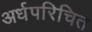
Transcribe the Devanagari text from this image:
अर्धपरिचित